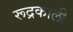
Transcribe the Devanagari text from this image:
रूद्रकाली